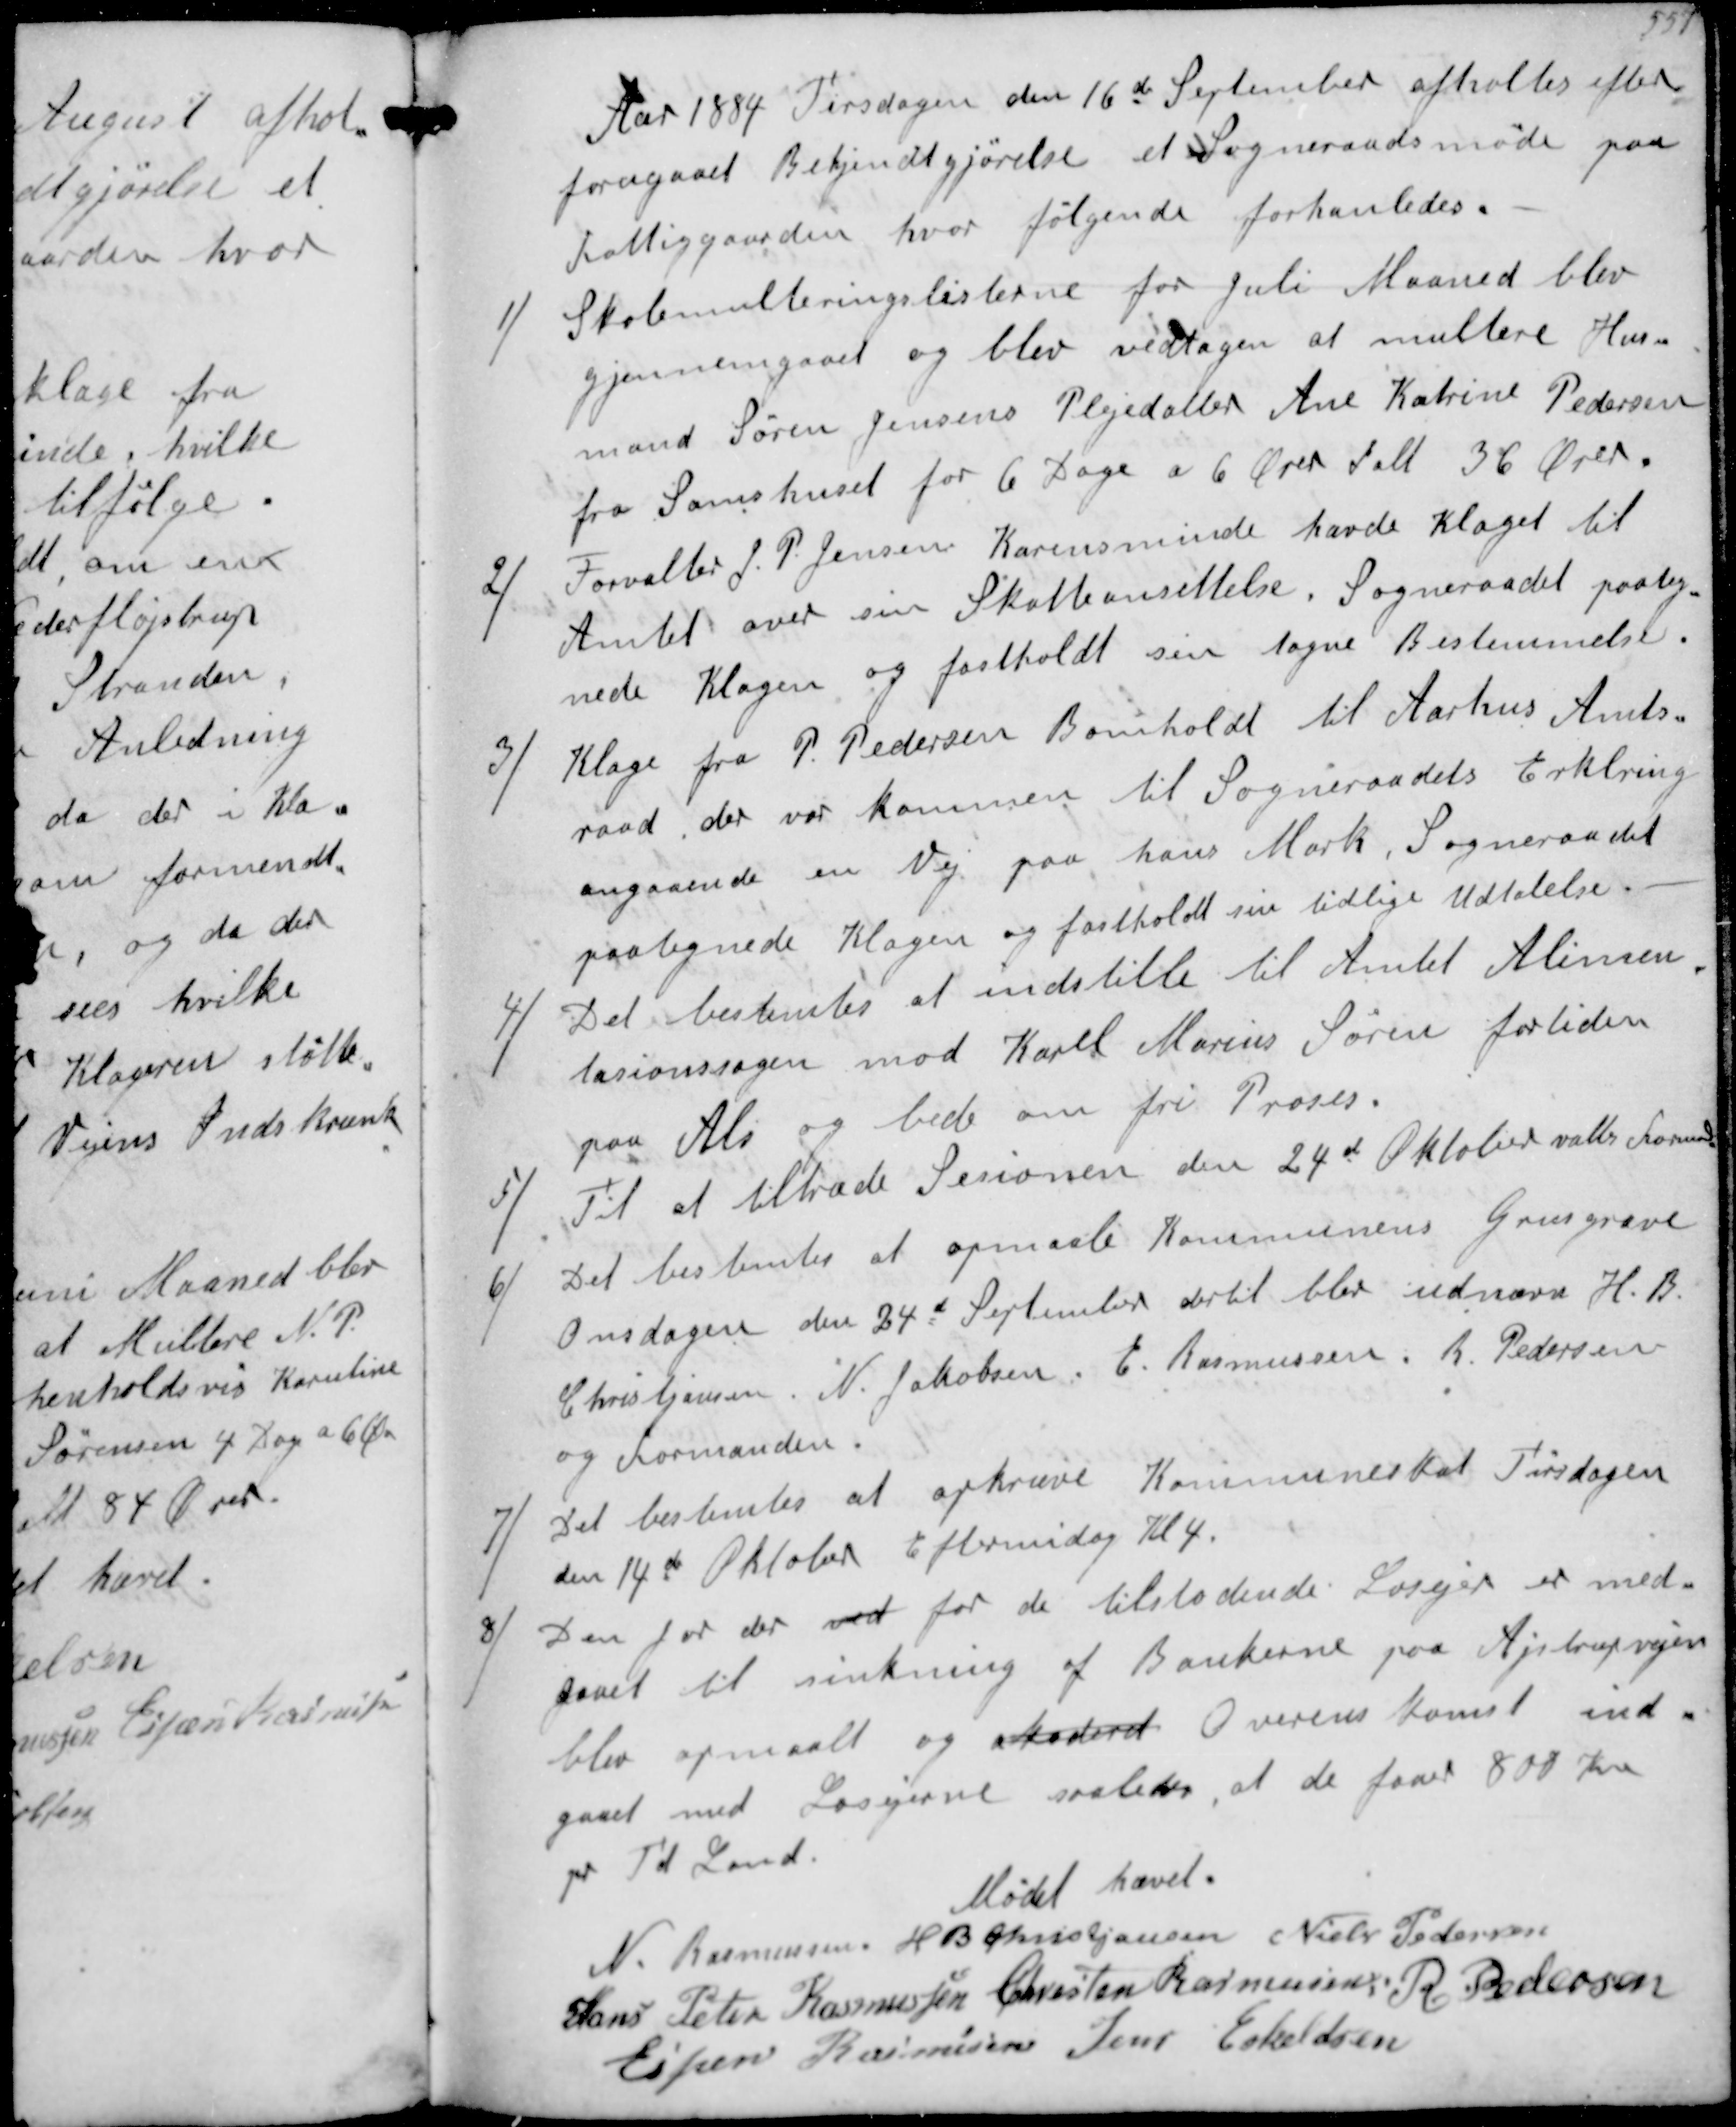
Transskription:
Aar 1884 Tirsdagen den 16de September afholtes efter
forugaaet Bekjendtgørelse et Sogneraadsmøde paa
Fattiggaarden hvor følgende forhanledes
1/
Skolemulteringslisterne for Juli Maaned blev
gjennemgaaet og blev vedtagen at multere Hus-
mand Søren Jensens Plejedatter Ane Katrine Pedersen
fra Samshuset for 6 Dage a 6 Ører Ialt 36 Ører
2/
Forvalter J P Jensen Karensminde havde klaget til
Amtet over sin Skatteansettelse. Sogneraadet paateg-
nede Klagen og fastholdt sin tagne Bestemmelse
3/
Klage fra P Pedersen Bomholdt til Aarhus Amts-
raad der var kommen til Sogneraadets Erklæring
angaaende en Vej paa hans Mark. Sogneraadet
paategnede Klagen og fastholdt sin tidligere Udtalelse
3/
Det bestemtes at indstille til Amtet Alimen-
tationssagen mod Karl Marius Søren fortiden
paa Als og bede om fri Proses
5/
Til at tiltræde Sesionen den 24d Oktober valtes Formanden
6/
Det bestemtes at opmaale Kommunens Grusgrave
Onsdagen den 24d September dertil blev udnævn H B 
Christjansen, N Jakobsen, E Rasmussen, R Pedersen
og Formanden
7/
Det bestemtes at opkræve Kommuneskat Tirsdagen
den 14de Oktober Eftermiddag kl. 4
8/
Den for der ved  for de tilstødende Losejerer med-
gaaet til sinkning af Bankerne paa Ajstrupvejen
blev opmaalt og akoderet Overenskomst ind-
gaaet med Losejerne saaledes, at de faar 800 Kr
pr. Td Land
Mødet hævet
N Rasmussen
H B Kristjansen
Niels Pedersen
Hans Peter Rasmussen
Chresten Rasmussen
R Pedersen
Espen Rasmussen
Jens Eskeldsen